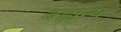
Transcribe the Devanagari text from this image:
बह्यन्य